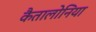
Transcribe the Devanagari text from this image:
कैतालोनिया